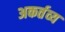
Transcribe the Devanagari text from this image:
अकर्तव्य